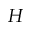
H